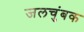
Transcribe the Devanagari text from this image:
जलचुंबक